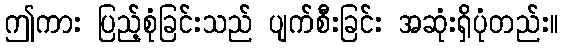
ဤကား ပြည့်စုံခြင်းသည် ပျက်စီးခြင်း အဆုံးရှိပုံတည်း။